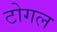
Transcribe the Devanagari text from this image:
टोगल